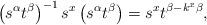
LaTeX: \begin{align*}\left(s^{\alpha}t^{\beta}\right)^{-1}s^{x}\left(s^{\alpha}t^{\beta}\right)=s^{x}t^{\beta-k^{x}\beta},\end{align*}